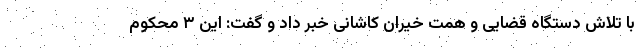
با تلاش دستگاه قضایی و همت خیران کاشانی خبر داد و گفت: این ۳ محکوم